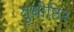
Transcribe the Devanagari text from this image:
युधीष्ठिर